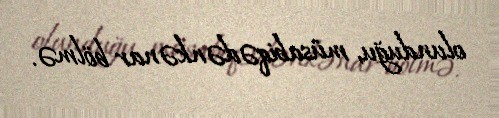
olunduğu, müsabiqədənkənar bölmə.